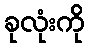
ခုလုံးကို